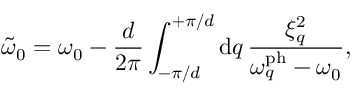
\tilde { \omega } _ { 0 } = \omega _ { 0 } - \frac { d } { 2 \pi } \int _ { - \pi / d } ^ { + \pi / d } \mathrm { d } q \, \frac { \xi _ { q } ^ { 2 } } { \omega _ { q } ^ { \mathrm { p h } } - \omega _ { 0 } } ,